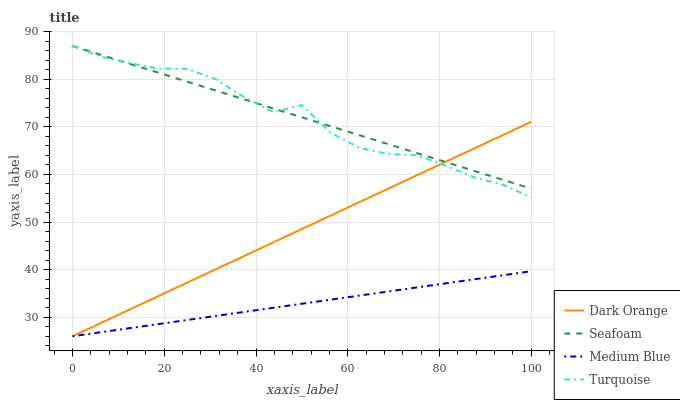
| xaxis_label | Dark Orange | Seafoam | Medium Blue | Turquoise |
 | --- | --- | --- | --- | --- |
 | 0 | 26 | 87 | 26 | 87 |
 | 6.25 | 28.8 | 85.1 | 26.9 | 84.7 |
 | 12.5 | 31.6 | 83.3 | 27.7 | 83.4 |
 | 18.8 | 34.5 | 81.4 | 28.6 | 82.2 |
 | 25 | 37.3 | 79.5 | 29.4 | 82.2 |
 | 31.2 | 40.1 | 77.6 | 30.3 | 80 |
 | 37.5 | 42.9 | 75.8 | 31.1 | 76.2 |
 | 43.8 | 45.7 | 73.9 | 32 | 73.1 |
 | 50 | 48.5 | 72 | 32.8 | 74.6 |
 | 56.2 | 51.4 | 70.1 | 33.7 | 68.8 |
 | 62.5 | 54.2 | 68.3 | 34.5 | 65.6 |
 | 68.8 | 57 | 66.4 | 35.4 | 64.3 |
 | 75 | 59.8 | 64.5 | 36.3 | 64 |
 | 81.2 | 62.6 | 62.6 | 37.1 | 61.9 |
 | 87.5 | 65.4 | 60.8 | 38 | 59.4 |
 | 93.8 | 68.3 | 58.9 | 38.8 | 57.9 |
 | 100 | 71.1 | 57 | 39.7 | 55.2 |